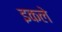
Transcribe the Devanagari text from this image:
इकले